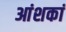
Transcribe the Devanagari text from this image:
आंशकां